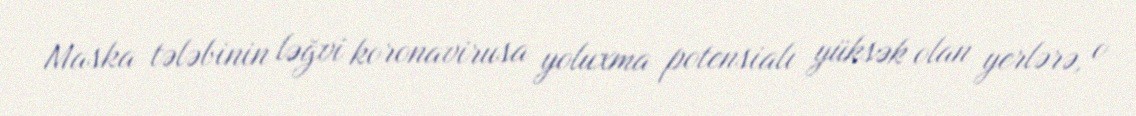
Maska tələbinin ləğvi koronavirusa yoluxma potensialı yüksək olan yerlərə, o